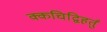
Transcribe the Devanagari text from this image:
क्कचिद्विहर्तुं